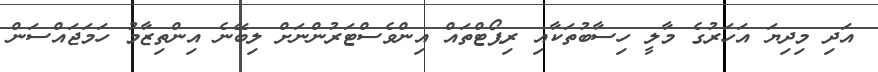
އަދި މިދިޔަ އަހަރުގެ މާލީ ހިސާބުތަކާއި ރިޕޯޓްތައް އިންވެސްޓަރުންނަށް ލިބޭނެ އިންތިޒާމު ހަމަޖައްސަން